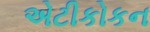
એટીકોકન